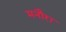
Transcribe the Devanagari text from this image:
मनौरा